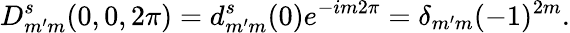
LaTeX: D_{m^{\prime}m}^{s}(0,0,2\pi)=d_{m^{\prime}m}^{s}(0)e^{-im2\pi}=\delta_{m^{\prime}m}(-1)^{2m}.